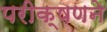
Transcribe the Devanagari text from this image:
परीक्षणने